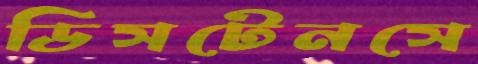
ডিসটেনসে